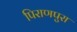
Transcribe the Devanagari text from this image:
पिराणपुरा